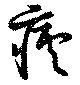
瘧